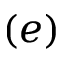
( e )